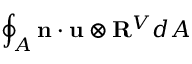
\oint _ { A } \mathbf { n } \cdot \mathbf { u } \otimes \mathbf { R } ^ { V } d A